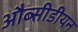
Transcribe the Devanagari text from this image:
औब्सीडीयन